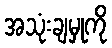
အသုံးချမှုကို